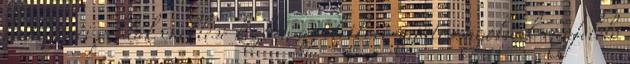
fenti zenei példák éneklése közben az életkori sajátosságoknak megfelelő